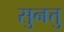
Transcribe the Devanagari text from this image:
सुनत्तु